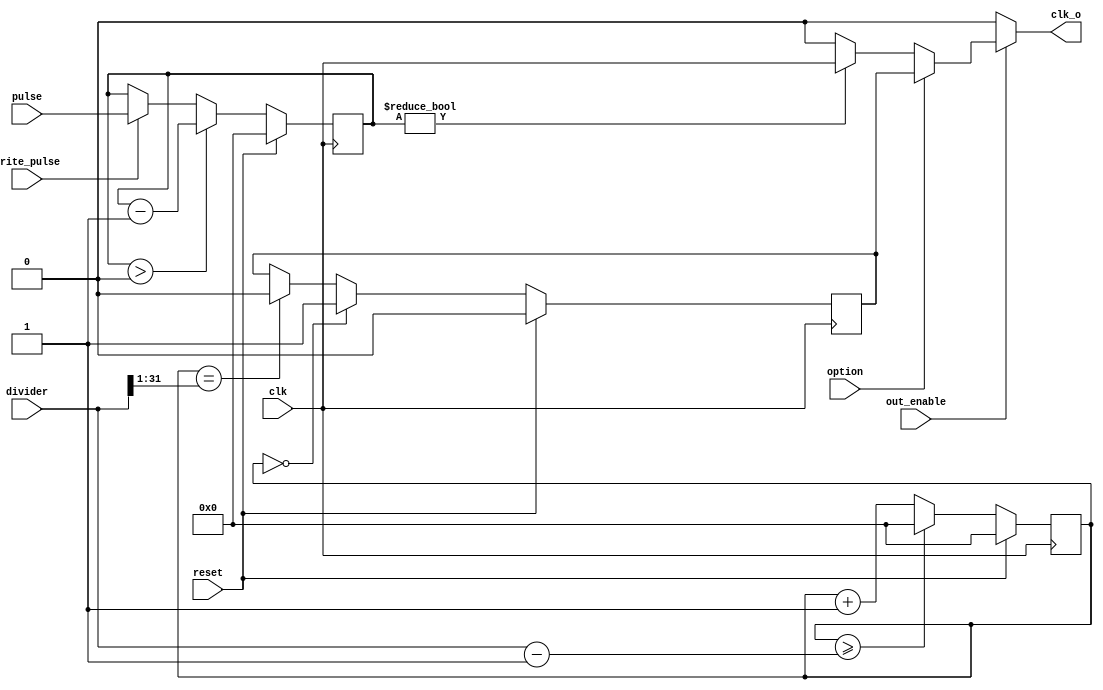
// This program was cloned from: https://github.com/JN513/Risco-5
// License: CERN Open Hardware Licence Version 2 - Permissive

module ClkDivider #(
    parameter COUNTER_BITS = 32,
    parameter PULSE_BITS = 32
)(
    input wire clk,
    input wire reset,
    input wire write_pulse,
    input wire option, // 0 - pulse, 1 - auto
    input wire out_enable, // 0 not, 1 - yes
    input wire [COUNTER_BITS - 1:0] divider,
    input wire [PULSE_BITS - 1:0] pulse,
    output wire clk_o
);

wire clk_o_pulse;
reg clk_o_auto;
reg [COUNTER_BITS - 1:0] clk_counter;
reg [PULSE_BITS - 1:0] pulse_counter;

assign clk_o = (out_enable == 1'b1) ? (option == 1'b0) ? 
    clk_o_pulse : clk_o_auto : 1'b0; // multiplexador da saida

assign clk_o_pulse = (pulse_counter != 32'd0) 
                    ? clk : 1'b0; // liga a saida ao clock enquanto o 
                                // contador de pulsos for maior do que 0

initial begin
    clk_counter = 32'd0;
    clk_o_auto = 1'b0;
    pulse_counter = 32'd0;
end

always @(posedge clk ) begin
    if(reset == 1'b1) begin
        clk_counter <= 32'd0;
        clk_o_auto <= 32'd0;
    end else begin
        if(clk_counter == 0) begin // Gera a parte alta do ciclo de clock de saida
            clk_o_auto <= 1'b1;
            clk_counter <= clk_counter + 1'b1;
        end else if(clk_counter == {1'b0, divider[COUNTER_BITS-1:1]}) begin // Inverte a saida do clock para a parte baixa
            clk_o_auto <= 1'b0;
            clk_counter <= clk_counter + 1'b1;
        end else begin
            clk_counter <= clk_counter + 1'b1; // inclementa o contador
        end

        if(clk_counter >= divider - 1) begin // para o caso em especifico em que a diviso e por 2
            clk_counter <= 32'd0;
        end
    end
end

always @(posedge clk ) begin
    if(reset == 1'b1) begin
        pulse_counter <= 32'd0;
    end else begin
        if(write_pulse == 1'b1) begin
            pulse_counter <= pulse;
        end

        if(pulse_counter > 32'd0) begin
            pulse_counter <= pulse_counter - 1'b1;
        end
    end
end

endmodule